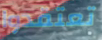
تعتقدوا